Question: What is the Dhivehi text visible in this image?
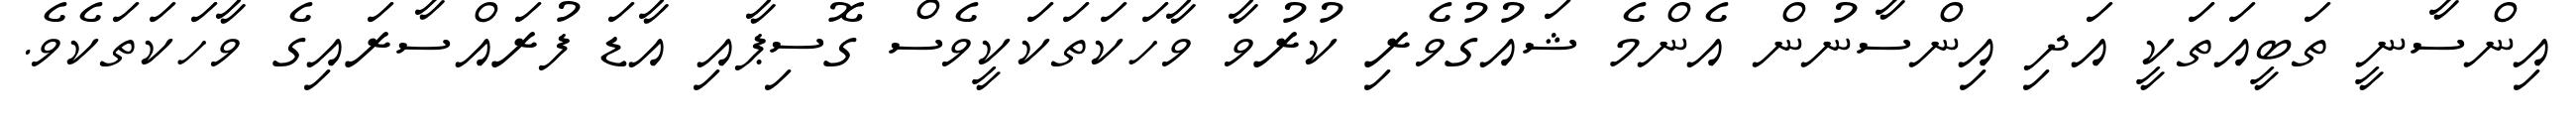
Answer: އިންސާނީ ތަބީއަތަކީ އަދި އިންސާނުން އެންމެ ޝައުގުވެރި ކުރުވާ ވާހަކަތަކަކީވެސް ގޮސިޕާއި އާޑަ ފުރައްސާރައިގެ ވާހަކަތަކެވެ.